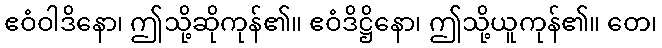
ဧဝံဝါဒိနော၊ ဤသို့ဆိုကုန်၏။ ဧဝံဒိဋ္ဌိနော၊ ဤသို့ယူကုန်၏။ တေ၊